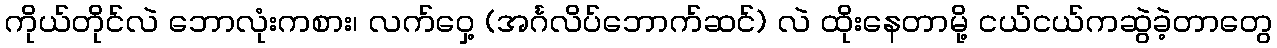
ကိုယ်တိုင်လဲ ဘောလုံးကစား၊ လက်ဝှေ့ (အင်္ဂလိပ်ဘောက်ဆင်) လဲ ထိုးနေတာမို့ ငယ်ငယ်ကဆွဲခဲ့တာတွေ